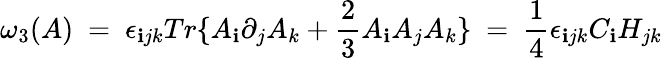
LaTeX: \omega_{3}(A)\ =\ \epsilon_{\mathbf{i}jk}Tr\{ A_{\mathbf{i}}\partial_{j}A_{k}+\frac{{2}}{{3}}A_{\mathbf{i}}A_{j}A_{k}\} \ =\ \frac{{1}}{{4}}\epsilon_{\mathbf{i}jk}C_{\mathbf{i}}H_{jk}